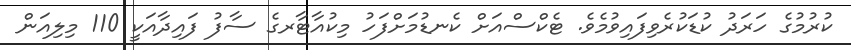
ކުރުމުގެ ހަރަދު ކުޑަކުރެވިފައިވުމެވެ. ޓެކްސްއަށް ކެނޑުމަށްފަހު މިކުއާޓާރގެ ސާފު ފައިދާއަކީ 110 މިލިއަން